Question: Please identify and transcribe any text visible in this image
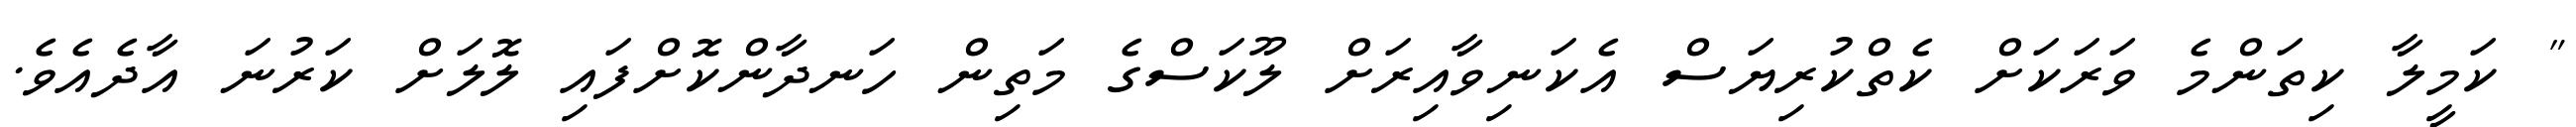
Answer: " ކަމީލާ ކިތަންމެ ވަރަކަށް ކެތްކުރިޔަސް އެކަނިވާއިރަށް ލޫކަސްގެ މަތިން ހަނދާންކޮށްފައި ލޮލަށް ކަރުނަ އާދެއެވެ.